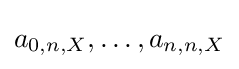
a_{0,n,X},\ldots ,a_{n,n,X}